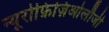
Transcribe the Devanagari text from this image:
न्यूरोफ़िज़िओलौजी